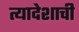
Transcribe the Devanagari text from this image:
त्यादेशाची